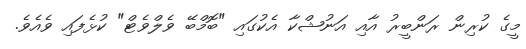
މީގެ ކުރިން ރަންބީރު އާއި އަނުޝްކާ އެކުގައި "ބޮމްބޭ ވެލްވެޓް" ކުޅެފައި ވެއެވެ.